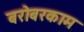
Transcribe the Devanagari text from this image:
बरोबरकाम